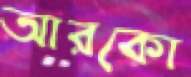
আরকো